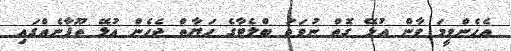
އެހެންވީމަ ވާން އުޅޭ ގޮތް ނުވަތަ ބްލެޓާގެ ހަޔާތް ޖެހެން އުޅޭ ތޫފާނެއްގައި